Proceedings of the meeting of veterinary officers in India
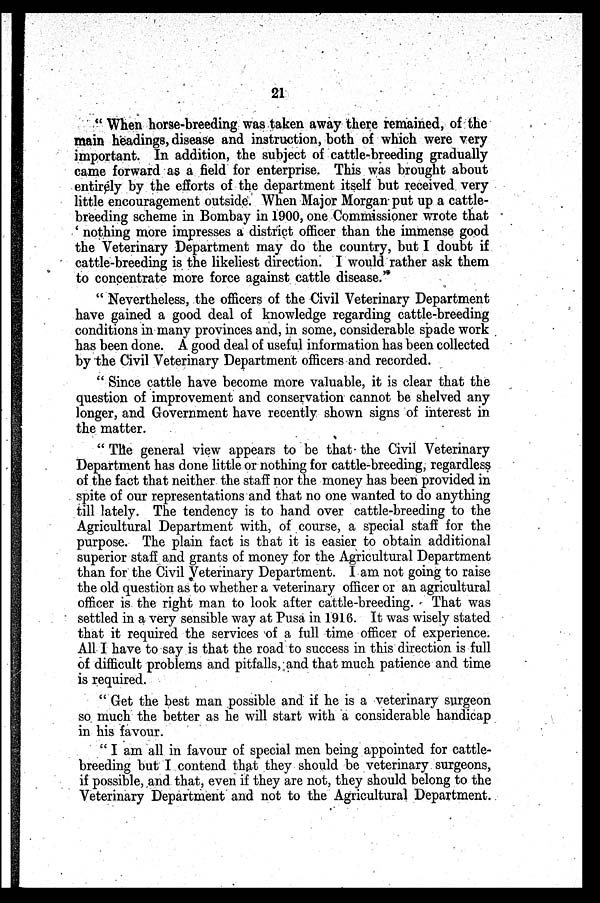
21
" When horse-breeding was taken away there remained, of the
main headings, disease and instruction, both of which were very
important. In addition, the subject of cattle-breeding gradually
came forward as a field for enterprise. This was brought about
entirely by the efforts of the department itself but received very
little encouragement outside. When Major Morgan put up a cattle-
breeding scheme in Bombay in 1900, one Commissioner wrote that
' nothing more impresses a district officer than the immense good
the Veterinary Department may do the country, but I doubt if
cattle-breeding is the likeliest direction. I would rather ask them
to concentrate more force against cattle disease. '
" Nevertheless, the officers of the Civil Veterinary Department
have gained a good deal of knowledge regarding cattle-breeding
conditions in many provinces and, in some, considerable spade work
has been done. A good deal of useful information has been collected
by the Civil Veterinary Department officers and recorded.
" Since cattle have become more valuable, it is clear that the
question of improvement and conservation cannot be shelved any
longer, and Government have recently shown signs of interest in
the matter.
" The general view appears to be that the Civil Veterinary
Department has done little or nothing for cattle-breeding, regardless
of the fact that neither the staff nor the money has been provided in
spite of our representations and that no one wanted to do anything
till lately. The tendency is to hand over cattle-breeding to the
Agricultural Department with, of course, a special staff for the
purpose. The plain fact is that it is easier to obtain additional
superior staff and grants of money for the Agricultural Department
than for the Civil Veterinary Department. I am not going to raise
the old question as to whether a veterinary officer or an agricultural
officer is the right man to look after cattle-breeding. That was
settled in a very sensible way at Pusa in 1916. It was wisely stated
that it required the services of a full time officer of experience.
All I have to say is that the road to success in this direction is full
of difficult problems and pitfalls, and that much patience and time
is required.
" Get the best man possible and if he is a veterinary surgeon
so much the better as he will start with a considerable handicap
in his favour.
" I am all in favour of special men being appointed for cattle-
breeding but I contend that they should be veterinary surgeons,
if possible, and that, even if they are not, they should belong to the
Veterinary Department and not to the Agricultural Department.